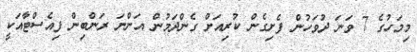
މިމަހުގެ 7 ވަނަ ދުވަހުން ފެށިގެން ކުރިއަށް ގެންދަމުން އަންނަ ރަންބިން ފިއެސްޓާއަކީ